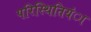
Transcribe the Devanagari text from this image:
परिस्थितियंा